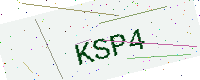
Text: KSP4